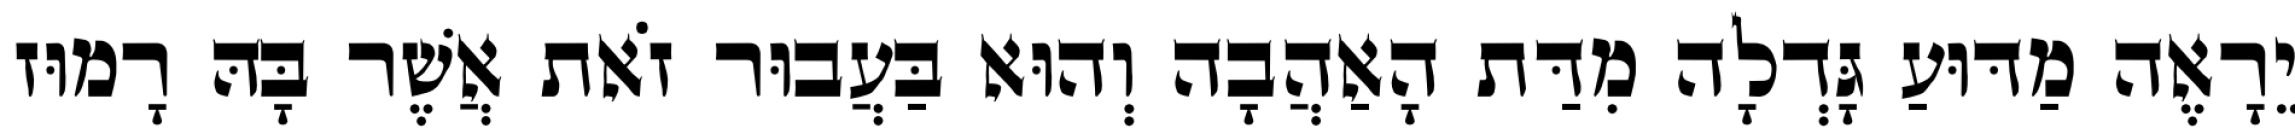
יֵרָאֶה מַדּוּעַ גָּדְלָה מִדַּת הָאַהֲבָה וְהוּא בַּעֲבוּר זֹאת אֲשֶׁר בָּהּ רָמוּז